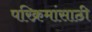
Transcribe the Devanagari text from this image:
परिक्रमांसाठी